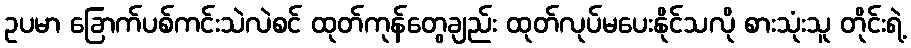
ဥပမာ ခြောက်ပစ်ကင်းသဲလဲစင် ထုတ်ကုန်တွေချည်း ထုတ်လုပ်မပေးနိုင်သလို စားသုံးသူ တိုင်းရဲ့